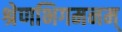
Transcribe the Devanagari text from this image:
श्रेणभिगमनम्